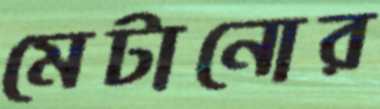
মেটানোর